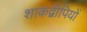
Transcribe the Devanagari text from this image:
शाकद्वीपियों